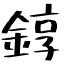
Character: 錞